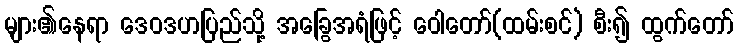
များ၏နေရာ ဒေဝဒဟပြည်သို့ အခြွေအရံဖြင့် ဝေါတော်(ထမ်းစင်) စီး၍ ထွက်တော်